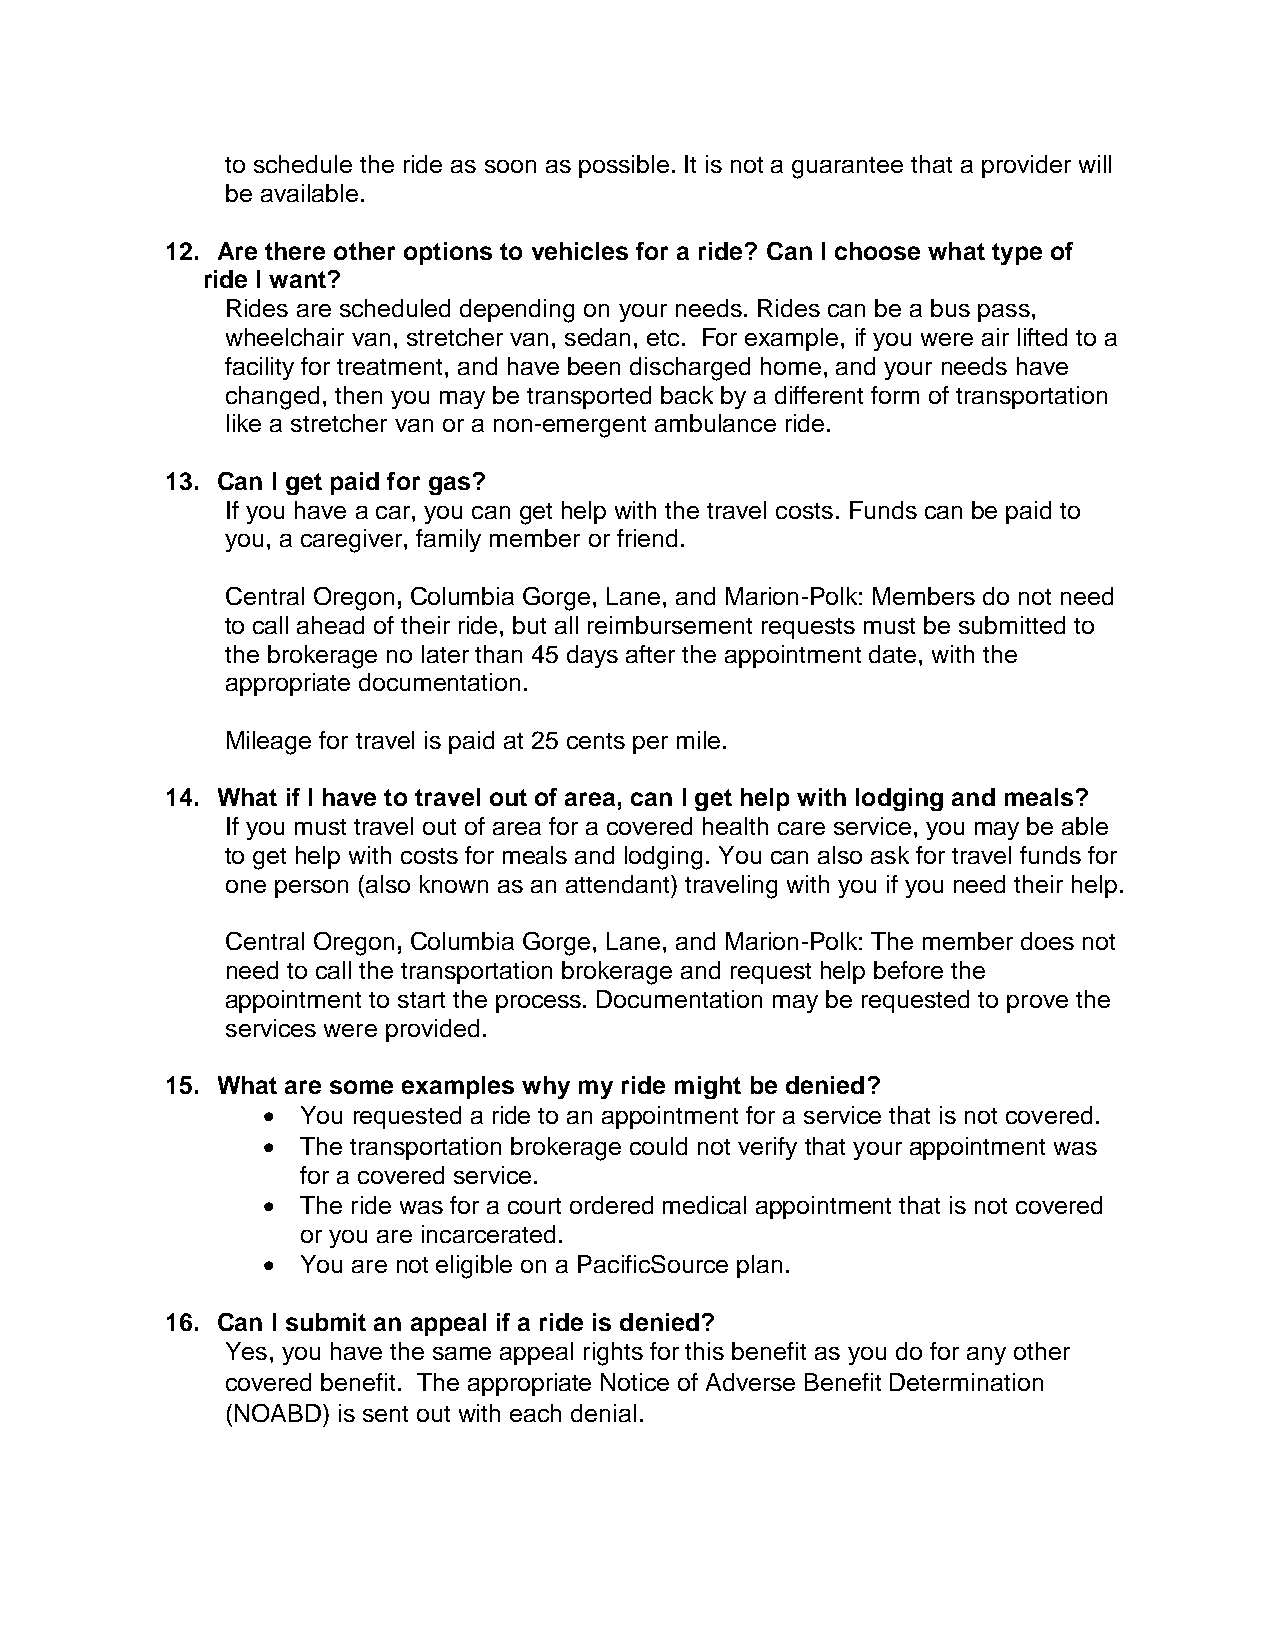
to schedule the ride as soon as possible. It is not a guarantee that a provider will
 be available.
 12. Are there other options to vehicles for a ride? Can I choose what type of
 ride I want?
 Rides are scheduled depending on your needs. Rides can be a bus pass,
 wheelchair van, stretcher van, sedan, etc. For example, if you were air lifted to a
 facility for treatment, and have been discharged home, and your needs have
 changed, then you may be transported back by a different form of transportation
 like a stretcher van or a non-emergent ambulance ride.
 13. Can I get paid for gas?
 If you have a car, you can get help with the travel costs. Funds can be paid to
 you, a caregiver, family member or friend.
 Central Oregon, Columbia Gorge, Lane, and Marion-Polk: Members do not need
 to call ahead of their ride, but all reimbursement requests must be submitted to
 the brokerage no later than 45 days after the appointment date, with the
 appropriate documentation.
 Mileage for travel is paid at 25 cents per mile.
 14. What if I have to travel out of area, can I get help with lodging and meals?
 If you must travel out of area for a covered health care service, you may be able
 to get help with costs for meals and lodging. You can also ask for travel funds for
 one person (also known as an attendant) traveling with you if you need their help.
 Central Oregon, Columbia Gorge, Lane, and Marion-Polk: The member does not
 need to call the transportation brokerage and request help before the
 appointment to start the process. Documentation may be requested to prove the
 services were provided.
 15. What are some examples why my ride might be denied?
   You requested a ride to an appointment for a service that is not covered.
   The transportation brokerage could not verify that your appointment was
 for a covered service.
   The ride was for a court ordered medical appointment that is not covered
 or you are incarcerated.
   You are not eligible on a PacificSource plan.
 16. Can I submit an appeal if a ride is denied?
 Yes, you have the same appeal rights for this benefit as you do for any other
 covered benefit. The appropriate Notice of Adverse Benefit Determination
 (NOABD) is sent out with each denial.